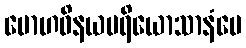
မောဟဝိနယပရိယောသာနံပေ